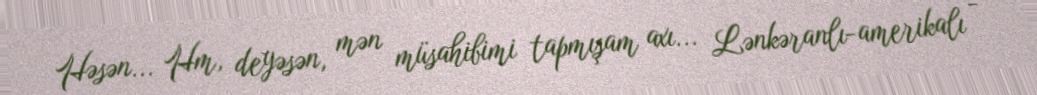
Həsən... Hm, deyəsən, mən müsahibimi tapmışam axı... Lənkəranlı-amerikalı -